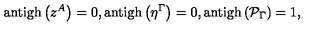
\mathrm { a n t i g h } \left( z ^ { A } \right) = 0 , \mathrm { a n t i g h } \left( \eta ^ { \Gamma } \right) = 0 , \mathrm { a n t i g h } \left( \mathcal { P } _ { \Gamma } \right) = 1 ,